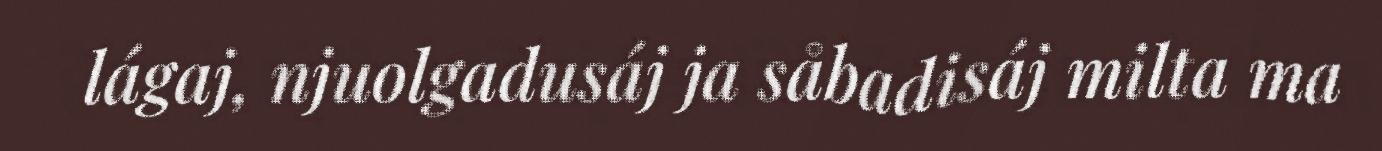
lágaj, njuolgadusáj ja såbadisáj milta ma